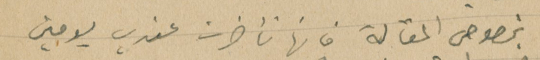
بخصوص المقالة فانها تأخرت عندي يومين